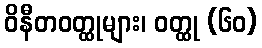
ဝိနီတဝတ္ထုများ၊ ဝတ္ထု (၆၀)